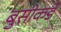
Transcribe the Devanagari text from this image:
बुसीकडे